Indian journal of veterinary science and animal husbandry - Volume 14,
Year: 1944
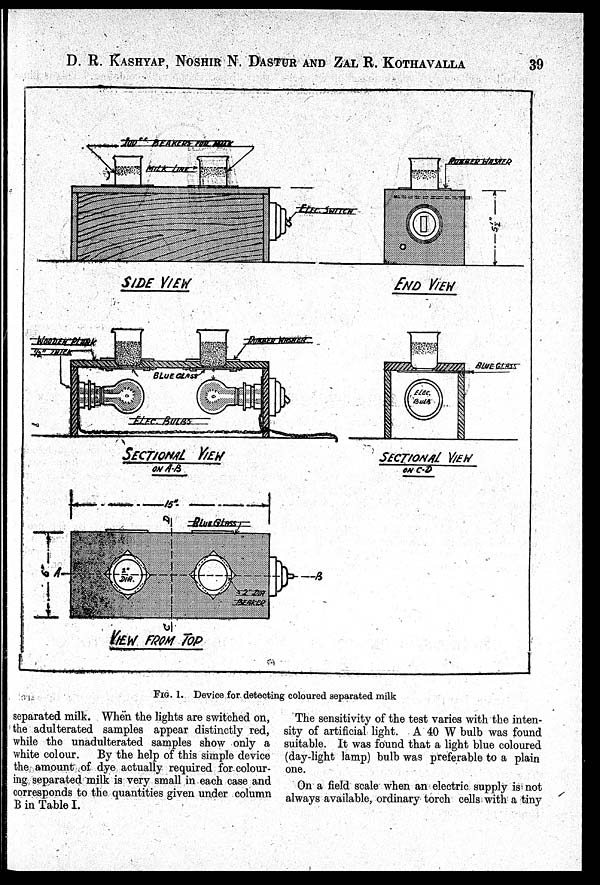
D. R. KASHYAP, NOSHIR N. DASTUR AND ZAL R. KOTHAVALLA 39
FIG. 1. Device for detecting coloured separated milk
separated milk. When the lights are switched on,
the adulterated samples appear distinctly red,
while the unadulterated samples show only a
white colour.
By the help of this simple device
the amount of dye actually required for colour-
ing separated milk is very small in each case and
corresponds to the quantities given under column
B in Table I.
The sensitivity of the test varies with the inten-
sity of artificial light. A 40 W bulb was found
suitable. It was found that a light blue coloured
(day-light lamp) bulb was preferable to a plain
one.
On a field scale when an electric supply is not
always available, ordinary torch cells with a tiny